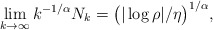
\begin{align*}\lim_{k \rightarrow \infty} k^{-1/\alpha} N_k=\big(|\log \rho|/\eta\big)^{1/\alpha},\end{align*}